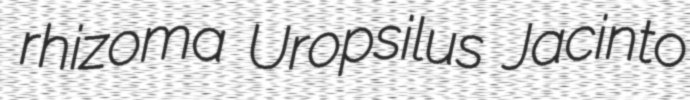
rhizoma Uropsilus Jacinto